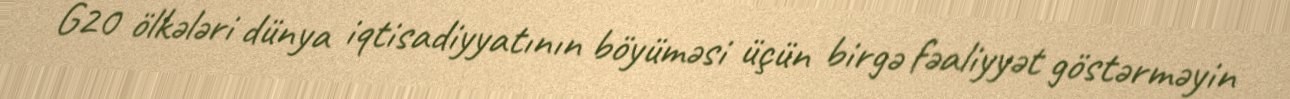
G20 ölkələri dünya iqtisadiyyatının böyüməsi üçün birgə fəaliyyət göstərməyin